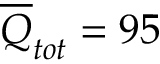
\overline { { Q } } _ { t o t } = 9 5